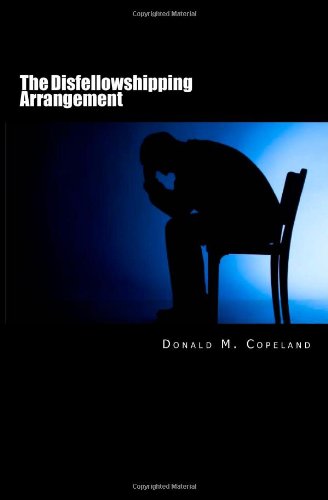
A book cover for The Disfellowshipping Arrangement: A Critical Examination for Disillusioned Jehovah's Witnesses; Donald M Copeland; Christian Books & Bibles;